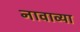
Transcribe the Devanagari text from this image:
नावाव्या